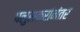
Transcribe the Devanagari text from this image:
पलुसकरांनंतर